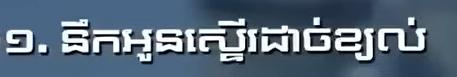
១. នឹកអូនស្ទើរដាច់ខ្យល់